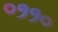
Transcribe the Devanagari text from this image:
०११०